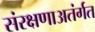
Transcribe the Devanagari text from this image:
संरक्षणाअतंर्गत